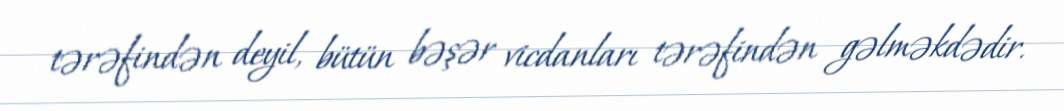
tərəfindən deyil, bütün bəşər vicdanları tərəfindən gəlməkdədir.